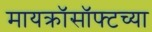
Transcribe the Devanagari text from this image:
मायक्रॉसॉफ्टच्या